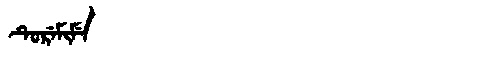
Manchu: ᡨᡠᡵᡝᠮᡳᠮᡝ
Romanization: TUREMIME